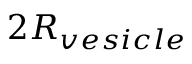
2 R _ { v e s i c l e }